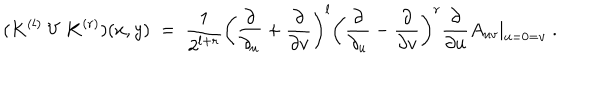
( K ^ { ( l ) } \: V \: K ^ { ( r ) } ) ( x , y ) \; = \; \frac { 1 } { 2 ^ { l + r } } \left( \frac { \partial } { \partial _ { u } } + \frac { \partial } { \partial v } \right) ^ { l } \left( \frac { \partial } { \partial _ { u } } - \frac { \partial } { \partial v } \right) ^ { r } \frac { \partial } { \partial u } \left. A _ { u v } \right| _ { u = 0 = v } \; .